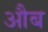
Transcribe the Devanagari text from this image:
औब